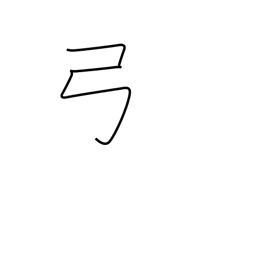
Meaning: bow